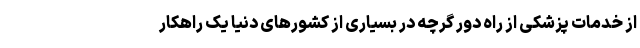
از خدمات پزشکی از راه دور گرچه در بسیاری از کشورهای دنیا یک راهکار